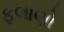
ફલાણો